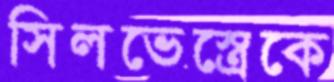
সিলভেস্ত্রেকে